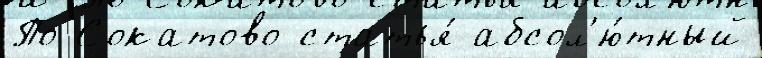
По Сокатово статья́ абсол'ю́тный